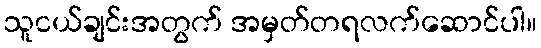
သူငယ်ချင်းအတွက် အမှတ်တရလက်ဆောင်ပါ။